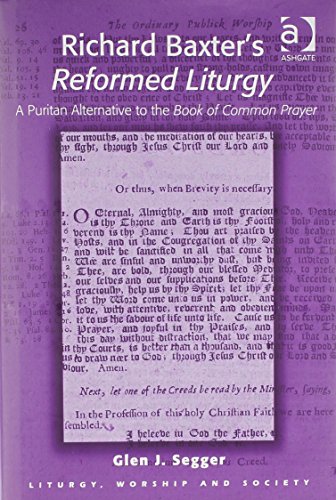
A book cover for Richard Baxter's Reformed Liturgy: A Puritan Alternative to the Book of Common Prayer (Liturgy, Worship and Society Series); Glen J. Segger; Christian Books & Bibles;